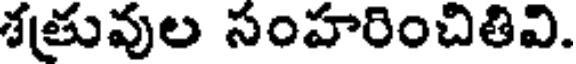
శత్రువుల సంహరించితివి.